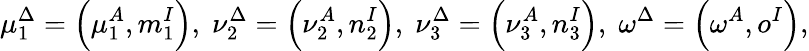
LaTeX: \mu_{1}^{\Delta}=\left(\mu_{1}^{A},m_{1}^{I}\right),\; \nu_{2}^{\Delta}=\left(\nu_{2}^{A},n_{2}^{I}\right),\; \nu_{3}^{\Delta}=\left(\nu_{3}^{A},n_{3}^{I}\right),\; \omega^{\Delta}=\left(\omega^{A},o^{I}\right),